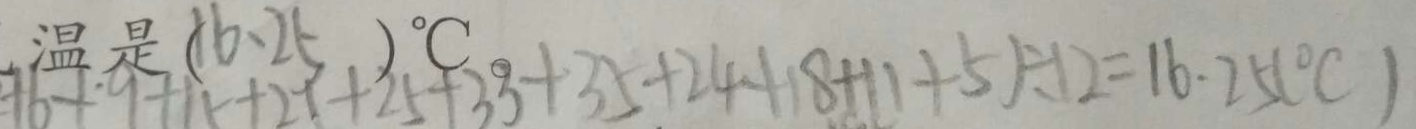
1 6 + 9 + 1 5 + 2 1 + 2 5 + 3 3 + 3 5 + 2 4 + 1 8 + 1 1 + 5 ) \div 1 2 = 1 6 . 2 5 ( ^ { \circ } C )